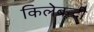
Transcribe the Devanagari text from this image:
किलेबन्‍दी